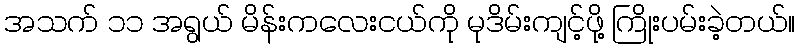
အသက် ၁၁ အရွယ် မိန်းကလေးငယ်ကို မုဒိမ်းကျင့်ဖို့ ကြိုးပမ်းခဲ့တယ်။